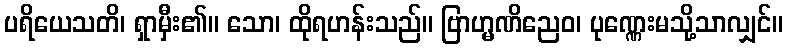
ပရိယေသတိ၊ ရှာမှီး၏။ သော၊ ထိုရဟန်းသည်။ ဗြာဟ္မဏိညေဝ၊ ပုဏ္ဏေးမသို့သာလျှင်။